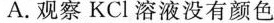
A.观察KCl溶液没有颜色